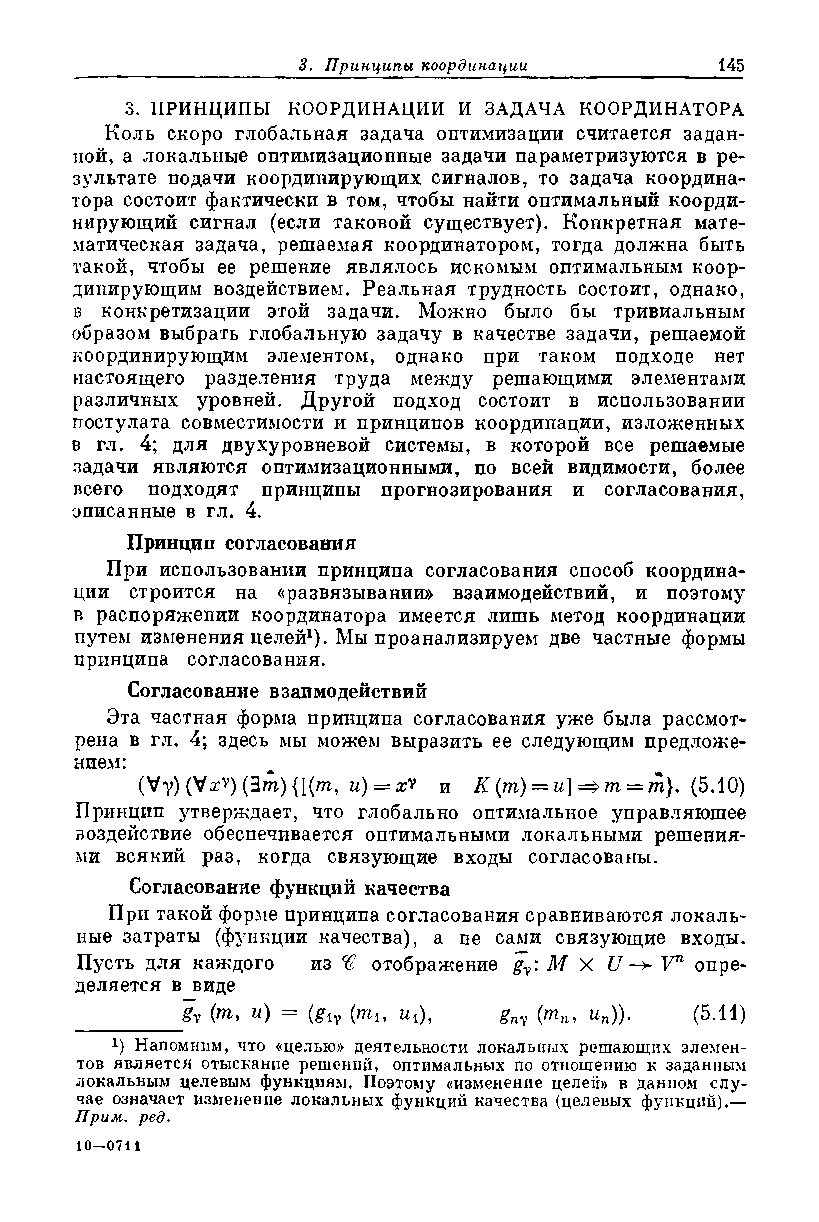
3. ПРИНЦИПЫ КООРДИНАЦИИ И ЗАДАЧА КООРДИНАТОРА
 Коль скоро глобальная задача оптимизации считается задан­
 ной, а локальные оптимизационные задачи параметризуются в ре­
 зультате подачи координирующих сигналов, то задача координа­
 тора состоит фактически в том, чтобы найти оптимальный коорди­
 нирующий сигнал (если таковой существует). Конкретная мате­
 матическая задача, решаемая координатором, тогда должна быть
 такой, чтобы ее решение являлось искомым оптимальным коор­
 динирующим воздействием. Реальная трудность состоит, однако,
 в конкретизации этой задачи. Можно было бы тривиальным
 образом выбрать глобальную задачу в качестве задачи, решаемой
 координирующим элементом, однако при таком подходе нет
 настоящего разделения труда между решающими элементами
 различных уровней. Другой подход состоит в использовании
 постулата совместимости и принципов координации, изложенных
 в гл. 4; для двухуровневой системы, в которой все решаемые
 задачи являются оптимизационными, по всей видимости, более
 всего подходят принципы прогнозирования и согласования,
 описанные в гл. 4.
 Принцип согласования
 При использовании принципа согласования способ координа­
 ции строится на «развязывании» взаимодействий, и поэтому
 в распоряжении координатора имеется лишь метод координации
 путем изменения целей1). Мы проанализируем две частные формы
 принципа согласования.
 Согласование взаимодействий
 Эта частная форма принципа согласования уже была рассмот­
 рена в гл. 4; здесь мы можем выразить ее следующим предложе­
 нием:
 (Vy) (V^v) (Зтгс) {{(т, и) = х v и К (т) — и]^т — т). (5.10)
 Принцип утверждает, что глобально оптимальное управляющее
 воздействие обеспечивается оптимальными локальными решения­
 ми всякий раз, когда связующие входы согласованы.
 Согласование функций качества
 При такой форме принципа согласования сравниваются локаль­
 ные затраты (функции качества), а не сами связующие входы.
 Пусть для каждого из % отображение gy: М X U -> V71 опре­
 деляется в виде
 _________ 8у fa. и) = (£iv (ти Mi), gny (тп, ип)). (5.11)
 !) Напомним, что «целью» деятельности локальных решающих элемен­
 тов является отыскание решений, оптимальных по отношению к заданным
 локальным целевым функциям. Поэтому «изменение целей» в данном слу­
 чае означает изменение локальных функций качества (целевых функций).—
 Прим. ред.
 10—0711